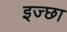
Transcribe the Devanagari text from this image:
इज्छा